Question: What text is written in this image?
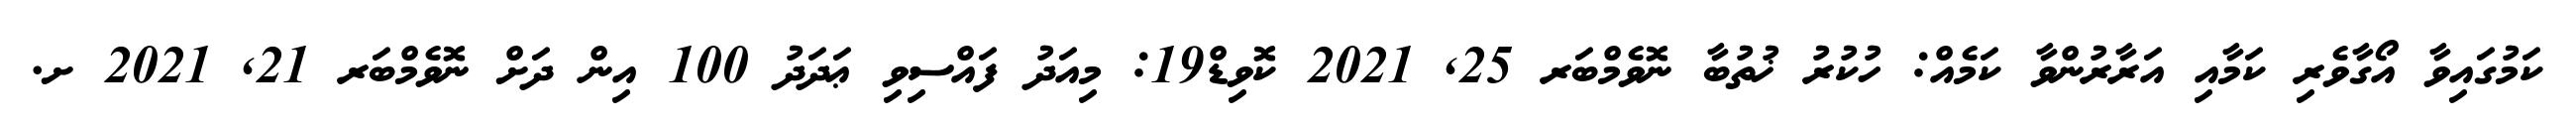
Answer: ކަމުގައިވާ އޯގާވެރި ކަމާއި އަރާރުންވާ ކަމެއް: ހުކުރު ޚުތުބާ ނޮވެމްބަރ 25, 2021 ކޮވިޑް19: މިއަދު ފައްސިވި ޢަދަދު 100 އިން ދަށް ނޮވެމްބަރ 21, 2021 ށ.